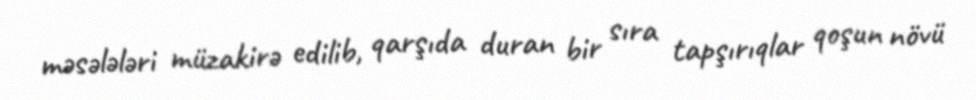
məsələləri müzakirə edilib, qarşıda duran bir sıra tapşırıqlar qoşun növü